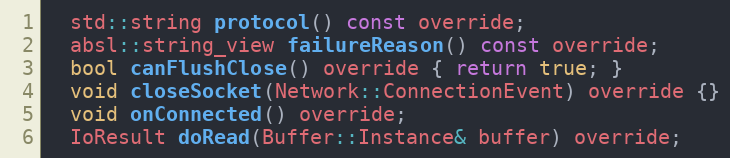
Language: C
  std::string protocol() const override;
  absl::string_view failureReason() const override;
  bool canFlushClose() override { return true; }
  void closeSocket(Network::ConnectionEvent) override {}
  void onConnected() override;
  IoResult doRead(Buffer::Instance& buffer) override;